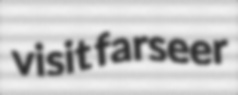
visit farseer